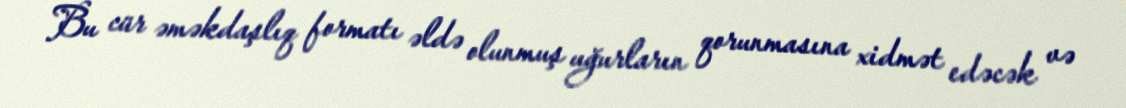
Bu cür əməkdaşlıq formatı əldə olunmuş uğurların qorunmasına xidmət edəcək və